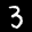
Label: 3